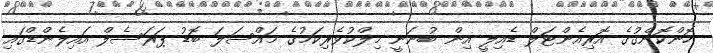
ހޮންކޮންގުގެ އޮރިއެންޓަލް ޑެއިލީ އިން ބުނަނީ މިލްކުވެރިކަމުގެ މައްސަލަ ބޮޑު ޕަރަސެލް އައިލެންޑްގައި